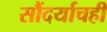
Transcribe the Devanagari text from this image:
सौंदर्याचही